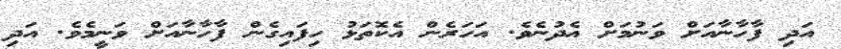
އަދި ފާހާނާއަށް ވަނުމަށް އެދުނެވެ. އަހަރެން އެކޮތަޅު ހިފައިގެން ފާހާނާއަށް ވަނީމެވެ. އަދި